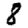
Digit: 8